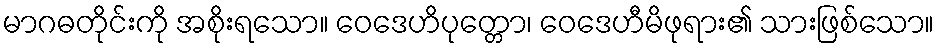
မာဂဓတိုင်းကို အစိုးရသော။ ဝေဒေဟိပုတ္တော၊ ဝေဒေဟီမိဖုရား၏ သားဖြစ်သော။